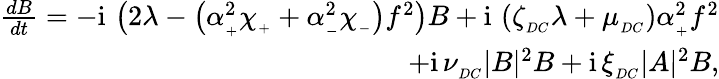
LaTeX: \begin{array}{r}{\frac{dB}{dt}=-\mathrm{i}\, \left(2\lambda-\left(\alpha_{_+}^{2}\chi_{_+}+\alpha_{_-}^{2}\chi_{_-}\right)f^{2}\right)B+\mathrm{i}\, \left(\zeta_{_{DC}}\lambda+\mu_{_{DC}}\right)\alpha_{_+}^{2}f^{2}}\\ {+\mathrm{i}\, \nu_{_{DC}}|B|^{2}B+\mathrm{i}\, \xi_{_{DC}}|A|^{2}B,}\end{array}